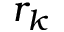
r _ { k }